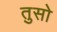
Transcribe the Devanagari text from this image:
तुसो